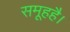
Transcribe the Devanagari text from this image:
समूहहै।